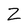
Character: Z